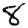
Digit: 8